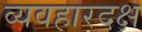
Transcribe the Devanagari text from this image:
व्यवहारदक्ष